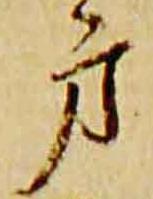
方